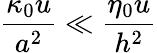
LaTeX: \frac{\kappa_{0}u}{a^{2}}\ll\frac{\eta_{0}u}{h^{2}}